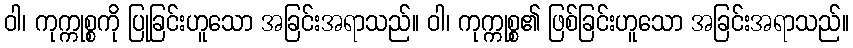
ဝါ၊ ကုက္ကုစ္စကို ပြုခြင်းဟူသော အခြင်းအရာသည်။ ဝါ၊ ကုက္ကုစ္စ၏ ဖြစ်ခြင်းဟူသော အခြင်းအရာသည်။